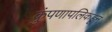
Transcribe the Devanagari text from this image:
कुंपणापलिकडून